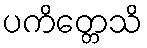
ပကိတ္တေသိ